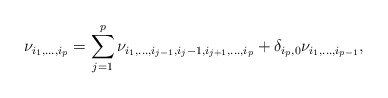
\begin{align*}\nu_{i_1,\dots,i_p}=\sum_{j=1}^{p}\nu_{i_1,\dots,i_{j-1},i_j-1,i_{j+1},\dots,i_{p}}+\delta_{i_p,0}\nu_{i_1,\dots,i_{p-1}},\end{align*}